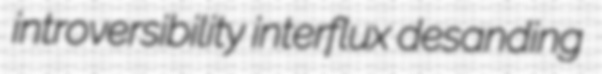
introversibility interflux desanding